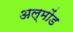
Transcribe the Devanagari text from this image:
अल्मोंड